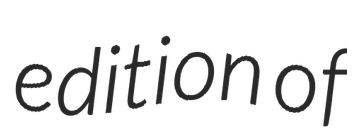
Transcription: edition of